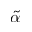
\widetilde { \alpha }